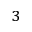
^ 3